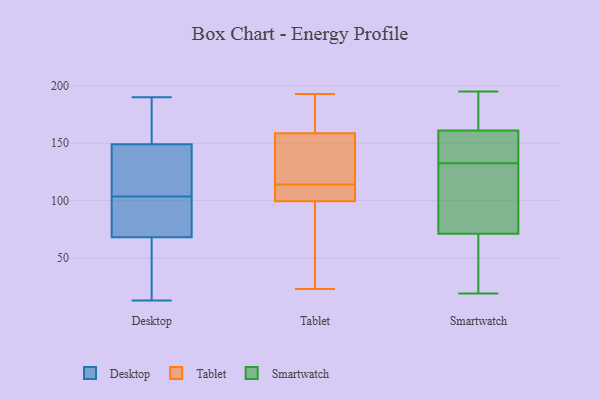
{"axis": {"x": "Headcount", "y": "Value"}, "legend": ["Desktop", "Smartwatch", "Tablet"], "data": [{"x": "", "y": 14, "type": "Desktop"}, {"x": "", "y": 107, "type": "Desktop"}, {"x": "", "y": 150, "type": "Desktop"}, {"x": "", "y": 131, "type": "Desktop"}, {"x": "", "y": 94, "type": "Desktop"}, {"x": "", "y": 100, "type": "Desktop"}, {"x": "", "y": 13, "type": "Desktop"}, {"x": "", "y": 68, "type": "Desktop"}, {"x": "", "y": 153, "type": "Desktop"}, {"x": "", "y": 94, "type": "Desktop"}, {"x": "", "y": 68, "type": "Desktop"}, {"x": "", "y": 131, "type": "Desktop"}, {"x": "", "y": 63, "type": "Desktop"}, {"x": "", "y": 177, "type": "Desktop"}, {"x": "", "y": 190, "type": "Desktop"}, {"x": "", "y": 148, "type": "Desktop"}, {"x": "", "y": 144, "type": "Tablet"}, {"x": "", "y": 61, "type": "Tablet"}, {"x": "", "y": 181, "type": "Tablet"}, {"x": "", "y": 173, "type": "Tablet"}, {"x": "", "y": 114, "type": "Tablet"}, {"x": "", "y": 193, "type": "Tablet"}, {"x": "", "y": 110, "type": "Tablet"}, {"x": "", "y": 129, "type": "Tablet"}, {"x": "", "y": 23, "type": "Tablet"}, {"x": "", "y": 103, "type": "Tablet"}, {"x": "", "y": 89, "type": "Tablet"}, {"x": "", "y": 154, "type": "Tablet"}, {"x": "", "y": 109, "type": "Tablet"}, {"x": "", "y": 140, "type": "Smartwatch"}, {"x": "", "y": 161, "type": "Smartwatch"}, {"x": "", "y": 120, "type": "Smartwatch"}, {"x": "", "y": 71, "type": "Smartwatch"}, {"x": "", "y": 19, "type": "Smartwatch"}, {"x": "", "y": 135, "type": "Smartwatch"}, {"x": "", "y": 195, "type": "Smartwatch"}, {"x": "", "y": 130, "type": "Smartwatch"}, {"x": "", "y": 195, "type": "Smartwatch"}, {"x": "", "y": 49, "type": "Smartwatch"}]}